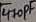
Text: 470µF